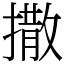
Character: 撒